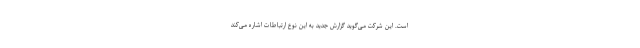
است. این شرکت می‌گوید گزارش جدید به این نوع ارتباطات اشاره می‌کند